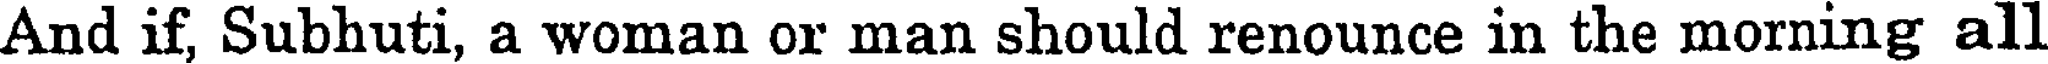
And if, Subhuti, a woman or man should renounce in the morning all